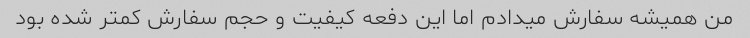
من همیشه سفارش میدادم اما این دفعه کیفیت و حجم سفارش کمتر شده بود